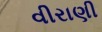
વીરાણી